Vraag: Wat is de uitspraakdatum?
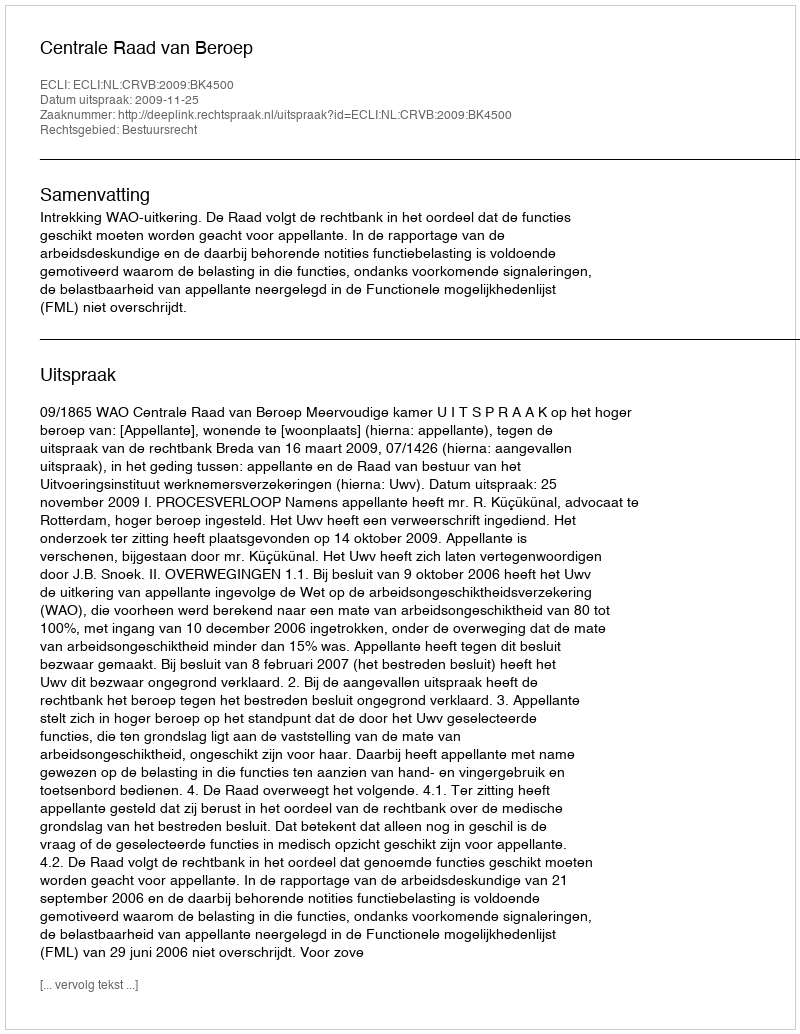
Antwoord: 2009-11-25